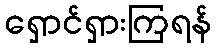
ရှောင်ရှားကြရန်